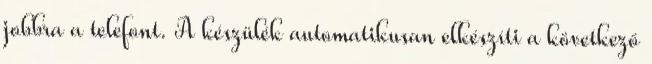
jobbra a telefont. A készülék automatikusan elkészíti a következő